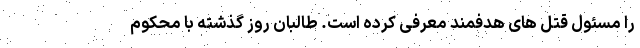
را مسئول قتل های هدفمند معرفی کرده است. طالبان روز گذشته با محکوم